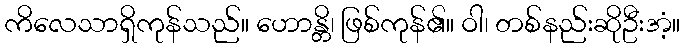
ကိလေသာရှိကုန်သည်။ ဟောန္တိ၊ ဖြစ်ကုန်၏။ ဝါ၊ တစ်နည်းဆိုဦးအံ့။